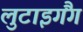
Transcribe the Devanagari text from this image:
लुटाइगैंग